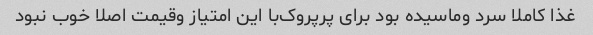
غذا کاملا سرد و‌ماسیده بود برای پرپروک‌با این امتیاز و‌قیمت اصلا خوب نبود